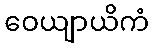
ဝေယျာယိကံ